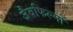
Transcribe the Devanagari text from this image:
जैवफिल्मों